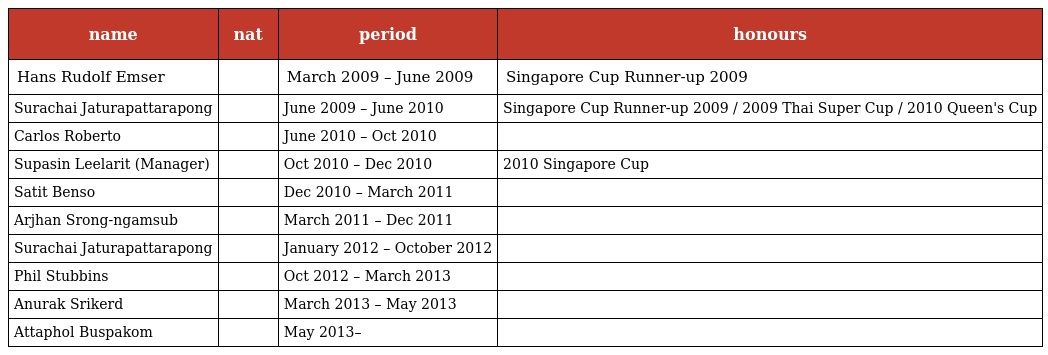
| name | nat | period | honours |
 | --- | --- | --- | --- |
 | Hans Rudolf Emser |  | March 2009 – June 2009 | Singapore Cup Runner-up 2009 |
 | Surachai Jaturapattarapong |  | June 2009 – June 2010 | Singapore Cup Runner-up 2009 / 2009 Thai Super Cup / 2010 Queen's Cup |
 | Carlos Roberto |  | June 2010 – Oct 2010 |  |
 | Supasin Leelarit (Manager) |  | Oct 2010 – Dec 2010 | 2010 Singapore Cup |
 | Satit Benso |  | Dec 2010 – March 2011 |  |
 | Arjhan Srong-ngamsub |  | March 2011 – Dec 2011 |  |
 | Surachai Jaturapattarapong |  | January 2012 – October 2012 |  |
 | Phil Stubbins |  | Oct 2012 – March 2013 |  |
 | Anurak Srikerd |  | March 2013 – May 2013 |  |
 | Attaphol Buspakom |  | May 2013– |  |